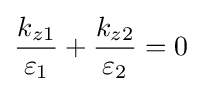
{\frac {k_{z1}}{\varepsilon _{1}}}+{\frac {k_{z2}}{\varepsilon _{2}}}=0